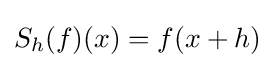
S_{h}(f)(x)=f(x+h)